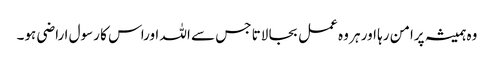
وہ ہمیشہ پرامن رہا اور ہر وہ عمل بجا لاتا جس سے اللہ اوراس کا رسول ا راضی ہو۔